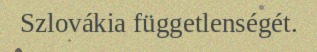
Szlovákia függetlenségét.